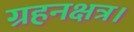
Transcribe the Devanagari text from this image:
ग्रहनक्षत्र।